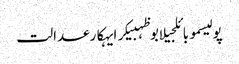
پولیسموبائلجیلابوظہبیکرایہکارعدالت